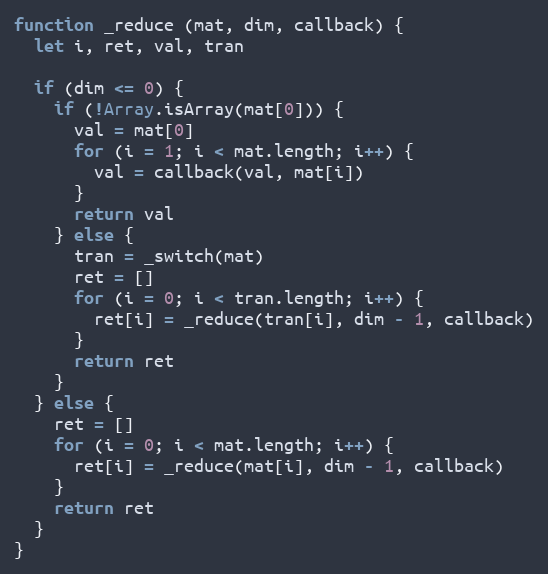
Language: JavaScript
function _reduce (mat, dim, callback) {
  let i, ret, val, tran

  if (dim <= 0) {
    if (!Array.isArray(mat[0])) {
      val = mat[0]
      for (i = 1; i < mat.length; i++) {
        val = callback(val, mat[i])
      }
      return val
    } else {
      tran = _switch(mat)
      ret = []
      for (i = 0; i < tran.length; i++) {
        ret[i] = _reduce(tran[i], dim - 1, callback)
      }
      return ret
    }
  } else {
    ret = []
    for (i = 0; i < mat.length; i++) {
      ret[i] = _reduce(mat[i], dim - 1, callback)
    }
    return ret
  }
}